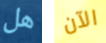
هل الآن